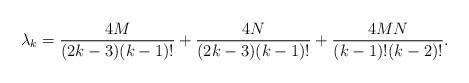
LaTeX: \begin{align*}\lambda_{k}= \frac{4M}{(2k-3)(k-1)!}+ \frac{4N}{(2k-3)(k-1)!}+\frac{4MN}{(k-1)!(k-2)!}.\end{align*}